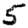
Digit: 5